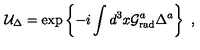
{ \cal U } _ { \Delta } = \exp \left\{ - i \int d ^ { 3 } x { \cal G } _ { \mathrm { r a d } } ^ { a } \Delta ^ { a } \right\} \ ,